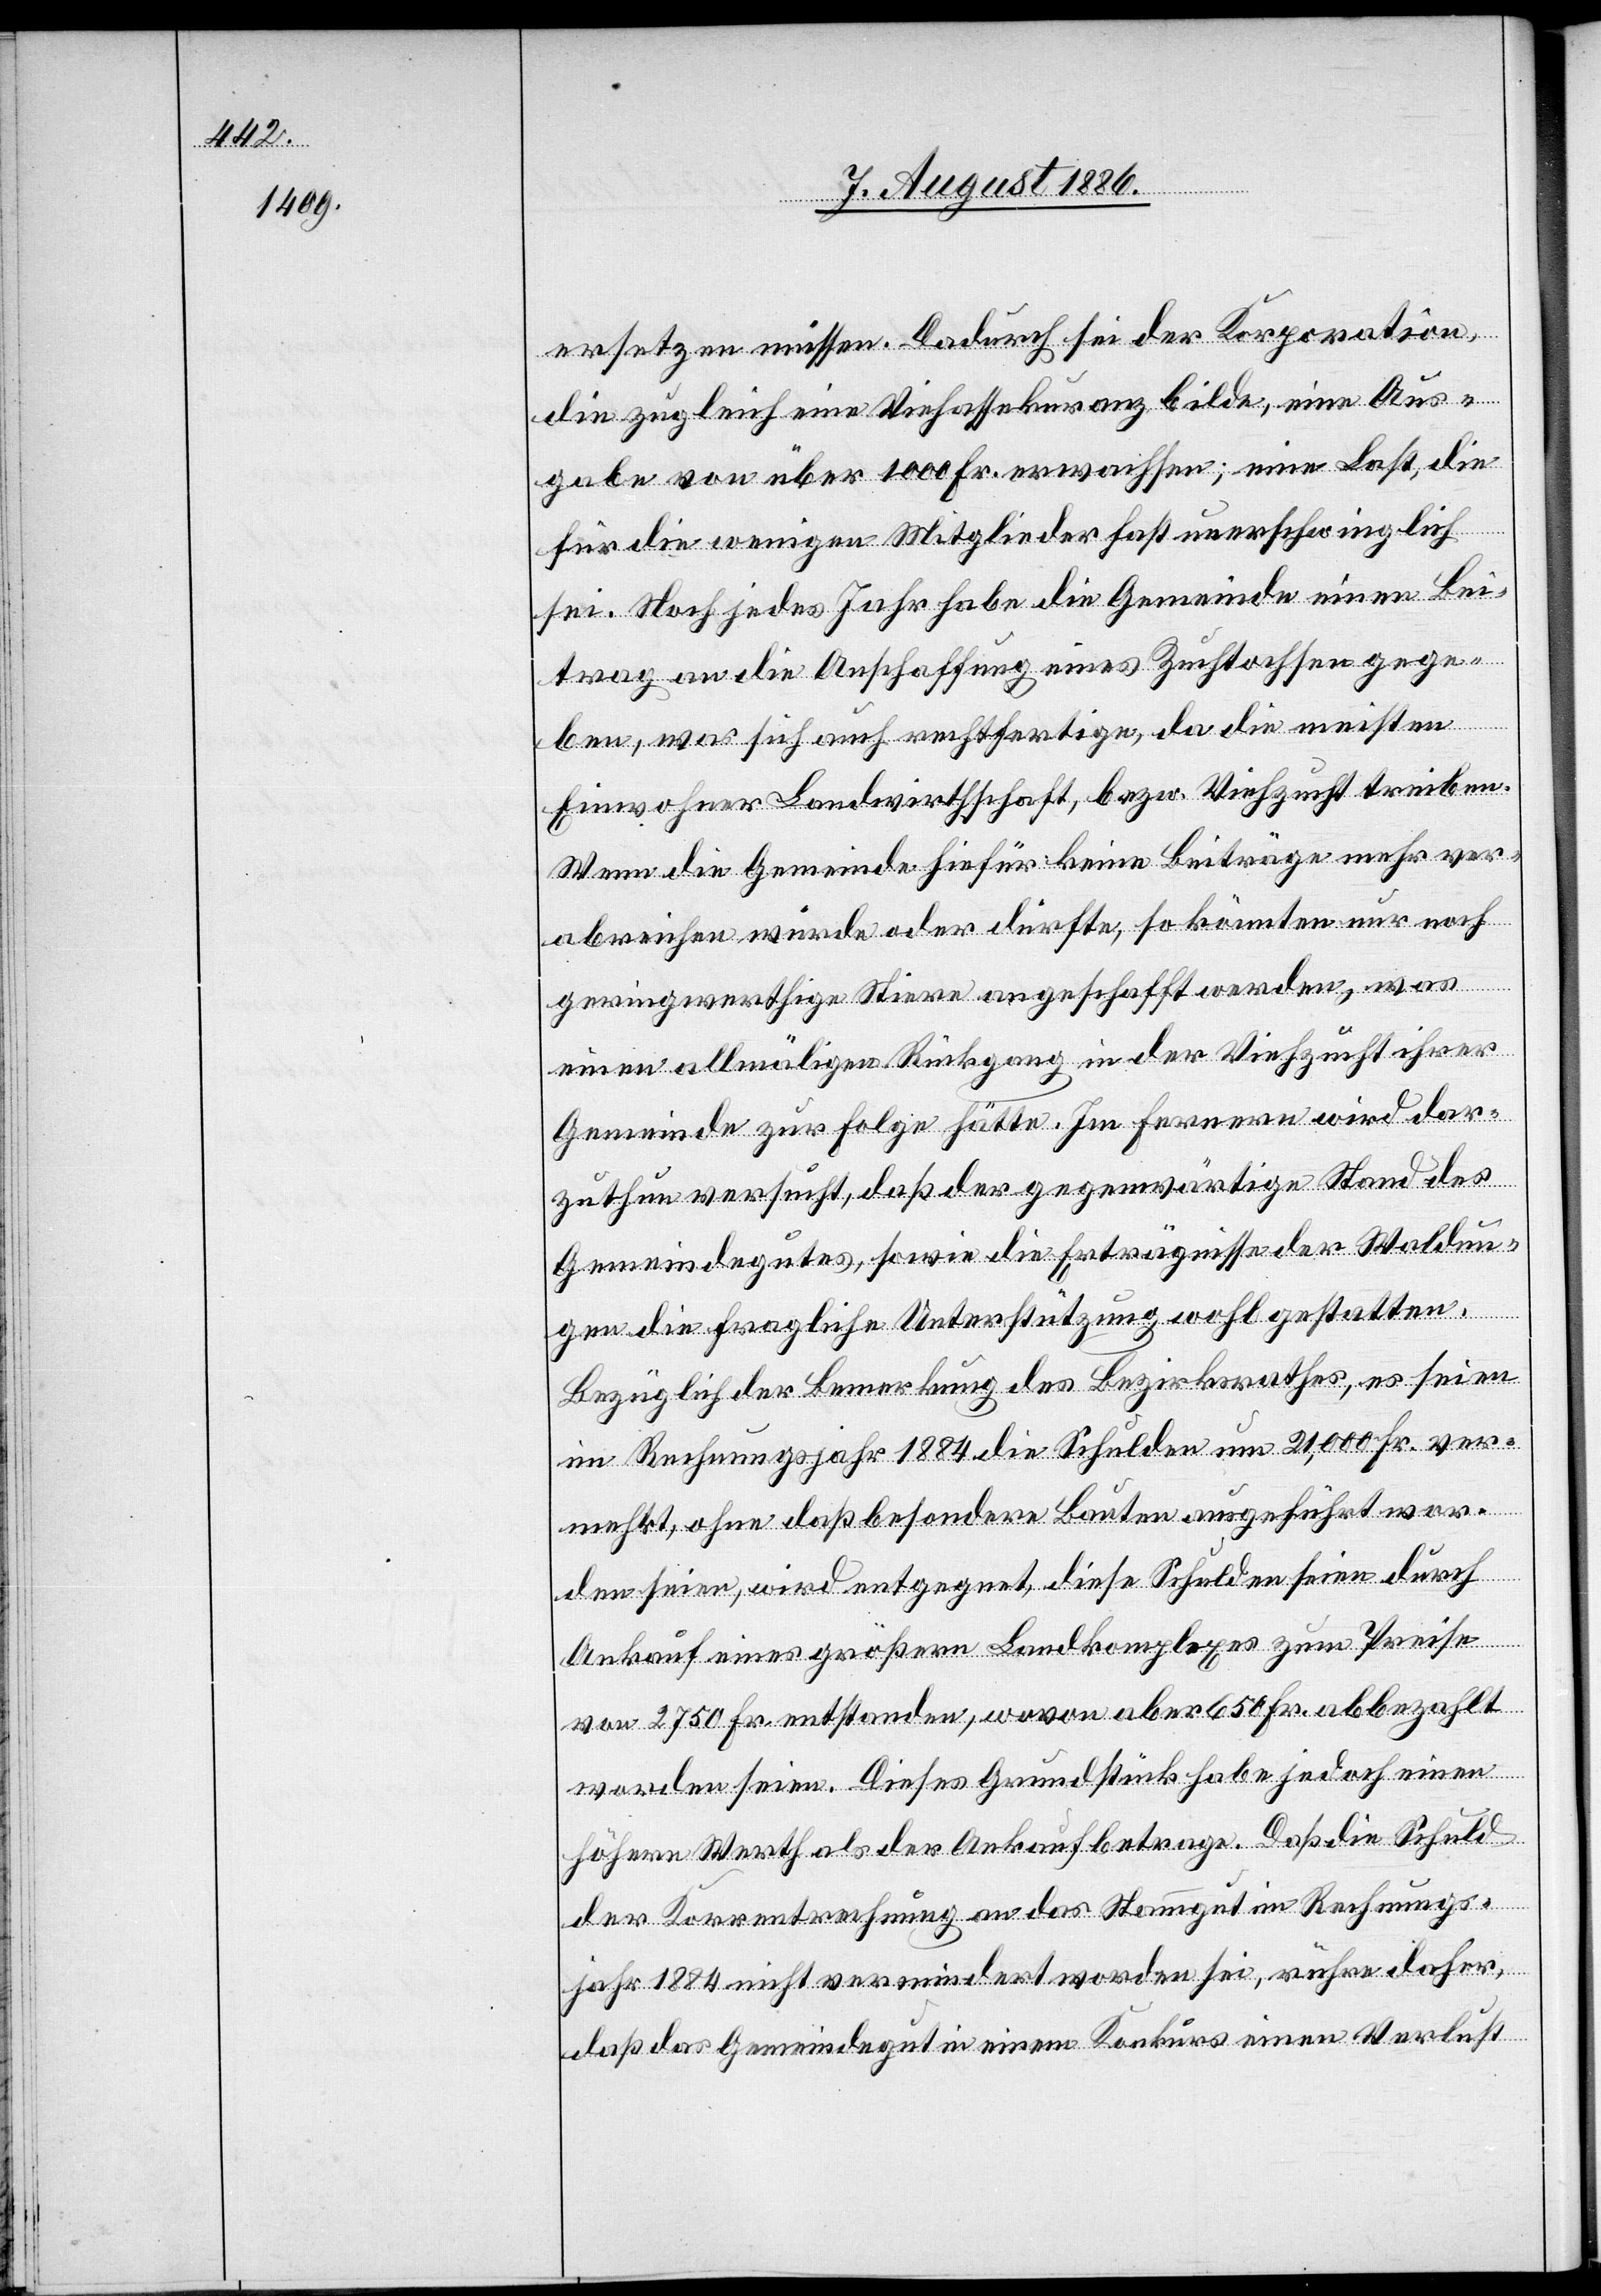
ersetzen müssen. Dadurch sei der Korporation
die zugleich eine Viehassekuranz bilde, eine Aus¬
gabe von über 1000 Fr. erwachsen; eine Last, die
für die wenigen Mitglieder fast unerschwinglich
sei. Noch jedes Jahr habe die Gemeinde einen Bei¬
trag an die Anschaffung eines Zuchtochsen gege¬
ben, was sich auch rechtfertige, da die meisten
Einwohner Landwirthschaft, bezw. Viehzucht treiben.
Wenn die Gemeinde hiefür keine Beiträge mehr ver¬
abreichen würde oder dürfte, so könnten nur noch
geringwerthige Stiere angeschafft werden, was
einen allmäligen Rückgang in der Viehzucht ihrer
Gemeinde zu Folge hätte. Im Fernern wird dar¬
zuthun versucht, daß der gegenwärtige Stand des
Gemeindegutes, sowie die Erträgnisse der Waldun¬
gen die fragliche Unterstützung wohl gestatten.
Bezüglich der Bemerkung des Bezirksrathes, es seien
im Rechnungsjahr 1884 die Schulden um 21,000 Fr. ver¬
mehrt, ohne daß besondere Bauten ausgeführt wor¬
den seien, wird entgegnet, diese Schulden seien durch
Ankauf eines größern Landkomplexes zum Preise
von 2750 Fr. entstanden, wovon aber 650 Fr. abbezahlt
worden seien. Dieses Grundstück habe jedoch einen
höhern Werth als der Ankauf betrage. Daß die Schuld
der Korrentrechnung an das Stammgut im Rechnungs¬
jahr 1884 nicht vermindert worden sei, rühre daher,
daß das Gemeindegut in einem Konkurs einen Verlust